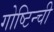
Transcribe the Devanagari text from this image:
गोष्टिन्ची